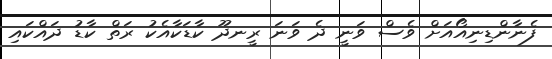
ފެނާންޑިނިއޯއަށް ވެސް ވަނީ ދެ ވަަނަ ރީނދޫ ކާޑަކާއެކު ރަތް ކާޑު ދައްކައި